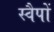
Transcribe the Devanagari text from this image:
स्वैपों